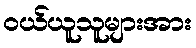
ဝယ်ယူသူများအား